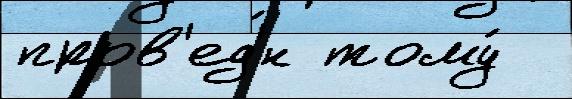
пров'ед'́н тому́